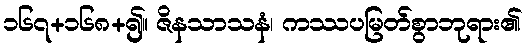
၁၆၇+၁၆၈+၍။ ဇိနသာသနံ၊ ကဿပမြတ်စွာဘုရား၏